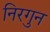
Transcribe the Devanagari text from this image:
निरगुन